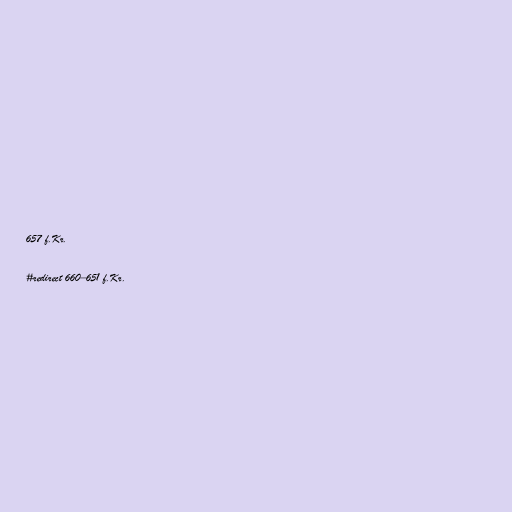
657 f.Kr.

#redirect 660–651 f.Kr.